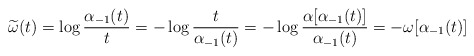
\begin{align*}\widetilde{\omega}(t)=\log\frac{\alpha_{-1}(t)}{t}=-\log\frac{t}{\alpha_{-1}(t)}=-\log\frac{\alpha[\alpha_{-1}(t)]}{\alpha_{-1}(t)}=-\omega[\alpha_{-1}(t)]\end{align*}